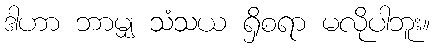
ဒါဟာ ဘာမျှ သံသယ ရှိစရာ မလိုပါဘူး။